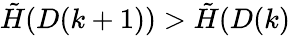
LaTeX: \tilde{H}(D(k+1))>\tilde{H}(D(k)